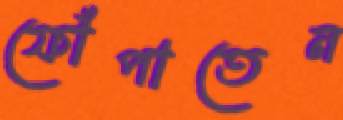
ফোঁপাতেন